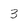
Character: 3